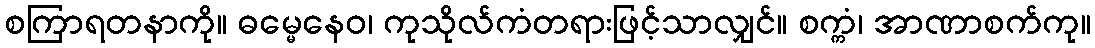
စကြာရတနာကို။ ဓမ္မေနေဝ၊ ကုသိုလ်ကံတရားဖြင့်သာလျှင်။ စက္ကံ၊ အာဏာစက်ကု။